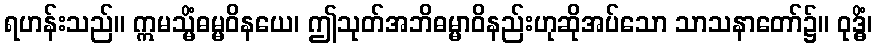
ရဟန်းသည်။ ဣမသ္မိံဓမ္မဝိနယေ၊ ဤသုတ်အဘိဓမ္မာဝိနည်းဟုဆိုအပ်သော သာသနာတော်၌။ ဝုဒ္ဓိံ၊